Report on sanitation, dispensaries, and jails in Rajputana for 1921, and on vaccination for the year 1921-1922 - 1921-1922
Year: 1921
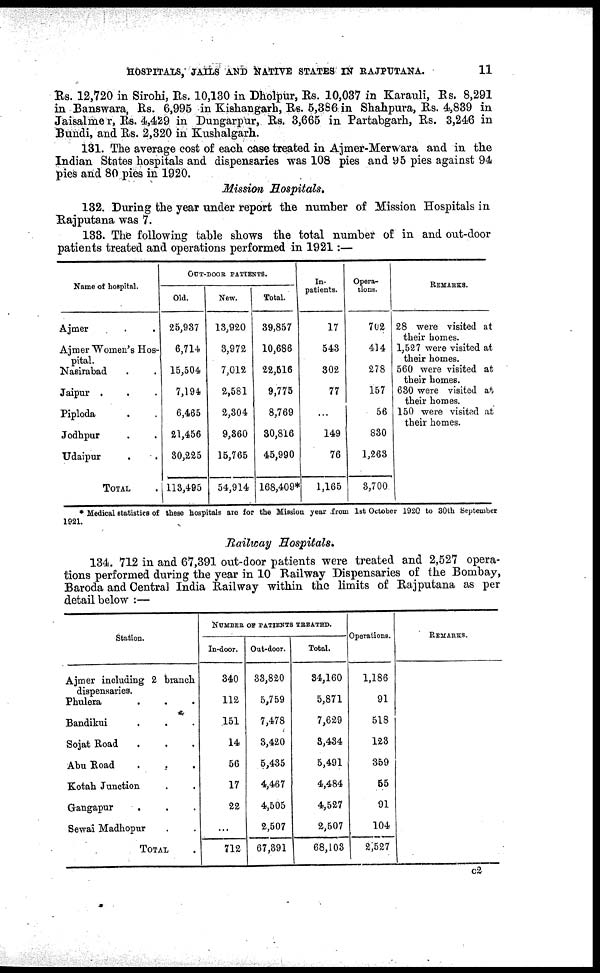
HOSPITALS, JAILS AND NATIVE STATES IN RAJPUTANA.
11
Rs. 12,720 in Sirohi, Rs. 10,130 in Dholpur, Rs. 10,037 in Karauli, Rs. 8,291
in Banswara, Rs. 6,995 in Kishangarh, Rs. 5,386 in Shahpura, Rs. 4,839 in
Jaisalmer, Rs. 4,429 in Dungarpur, Rs. 3,665 in Partabgarh, Rs. 3,246 in
Bundi, and Rs. 2,320 in Kushalgarh.
131. The average cost of each case treated in Ajmer-Merwara and in the
Indian States hospitals and dispensaries was 108 pies and 95 pies against 94
pies and 80 pies in 1920.
Mission Hospitals.
132. During the year under report the number of Mission Hospitals in
Rajputana was 7.
133. The following table shows the total number of in and out-door
patients treated and operations performed in 1921:—
Name of hospital.
Ajmer..
Ajmer Women's Hos-
pital.
Nasirabad..
Jaipur...
Piploda..
Jodhpur..
Udaipur..
TOTAL.
OUT-DOOR PATIENTS.
Old.
25,937
6,714
15,504
7,194
6,465
21,456
30,225
113,495
New.
13,920
3,972
7,012
2,581
2,304
9,860
15,765
54,914
Total.
39,857
10,686
22,516
9,775
8,769
30,816
45,990
168,409*
In¬
patients.
17
543
302
77
...
149
76
1,165
Opera-
tions.
702
414
278
157
56
830
1,263
3,700
REMARKS.
28 were visited at
their homes.
1,527 were visited at
their homes.
560 were visited at
their homes.
630 were visited at
their homes.
150 were visited at
their homes.
* Medical statistics of these hospitals are for the Mission year from 1st October 1920 to 30th September
1921.
Railway Hospitals.
134. 712 in and 67,391 out-door patients were treated and 2,527 opera-
tions performed during the year in 10 Railway Dispensaries of the Bombay,
Baroda and Central India Railway within the limits of Rajputana as per
detail below :—
Station.
Ajmer including 2 branch
dispensaries.
Phulera...
Bandikui...
Sojat Road...
Abu Road...
Kotah Junction..
Gangapur...
Sewai Madhopur..
TOTAL.
NUMBER OF PATIENTS TREATED.
In-door.
340
112
151
14
56
17
22
...
712
Oat-door.
33,820
5,759
7,478
3,420
5,435
4,467
4,505
2,507
67,391
Total.
34,160
5,871
7,629
3,434
5,491
4,484
4,527
2,507
68,103
Operations.
1,186
91
518
123
359
55
91
104
2,527
REMARKS.
C2